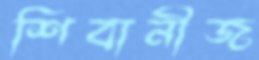
শিবানীজ